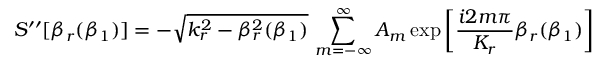
S ^ { \prime \prime } [ \beta _ { r } ( \beta _ { 1 } ) ] = - \sqrt { k _ { r } ^ { 2 } - \beta _ { r } ^ { 2 } ( \beta _ { 1 } ) } \, \sum _ { m = - \infty } ^ { \infty } A _ { m } \exp \left[ \frac { i 2 m \pi } { K _ { r } } \beta _ { r } ( \beta _ { 1 } ) \right]